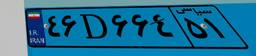
۴۱D۷۲۳۱۳